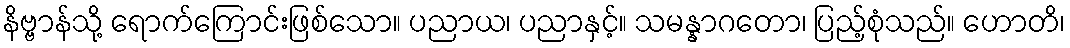
နိဗ္ဗာန်သို့ ရောက်ကြောင်းဖြစ်သော။ ပညာယ၊ ပညာနှင့်။ သမန္နာဂတော၊ ပြည့်စုံသည်။ ဟောတိ၊